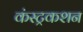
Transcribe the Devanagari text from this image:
कंस्ट्रकशन